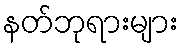
နတ်ဘုရားများ